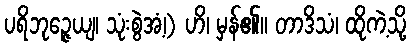
ပရိဘုဉ္ဇေယျ၊ သုံးစွဲအံ့၊) ဟိ၊ မှန်၏။ တာဒိသံ၊ ထိုကဲ့သို့